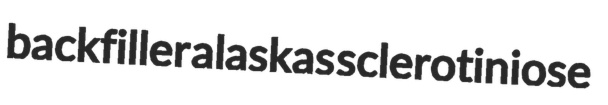
backfiller alaskas sclerotiniose